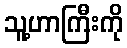
သူ့ဟာကြီးကို